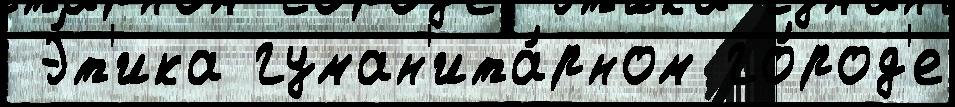
 Э́т'ика гуман'ита́рном го́род'е